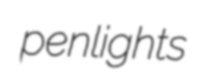
penlights